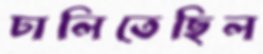
ঢালিতেছিল